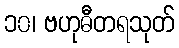
၁၀၊ ဗဟုဓီတရသုတ်